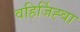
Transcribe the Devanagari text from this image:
वहिर्जिह्वा